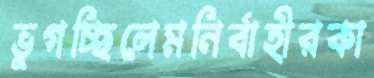
ভুগচ্ছিলেমনির্বাহীরকা